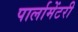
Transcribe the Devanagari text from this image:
पार्लामेंटरी